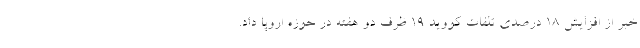
خبر از افزایش ۱۸ درصدی تلفات کووید ۱۹ ظرف دو هفته در حوزه اروپا داد.